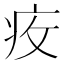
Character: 𱱌